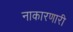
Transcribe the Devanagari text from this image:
नाकारणारी